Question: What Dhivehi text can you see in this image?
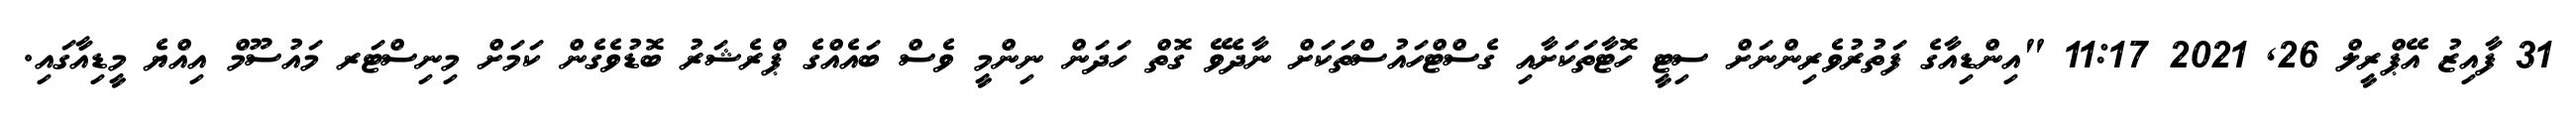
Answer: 31 ފާއިޒު އޭޕްރީލް 26, 2021 11:17 "އިންޑިއާގެ ފަތުރުވެރިންނަށް ސިޓީ ހޮޓާތަކަށާއި ގެސްޓްހައުސްތަކަށް ނާދެވޭ ގޮތް ހަދަން ނިންމީ ވެސް ބައެއްގެ ޕްރެޝަރު ބޮޑުވެގެން ކަމަށް މިނިސްޓަރ މައުސޫމް އިއްޔެ މީޑިއާގައި.